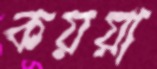
কয়য়া